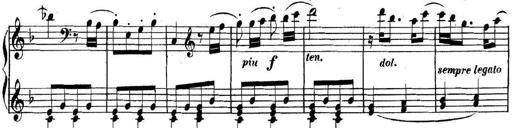
Title: Collected Piano Sonatas
Composer: Muzio Clementi